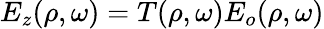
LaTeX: E_{z}(\rho,\omega)=T(\rho,\omega)E_{o}(\rho,\omega)